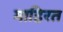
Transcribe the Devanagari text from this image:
माहिरत